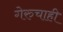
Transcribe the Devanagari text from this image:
गेरुचाही